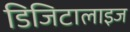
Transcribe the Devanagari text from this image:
डिजिटालाइज